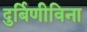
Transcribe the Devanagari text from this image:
दुर्बिणीविना